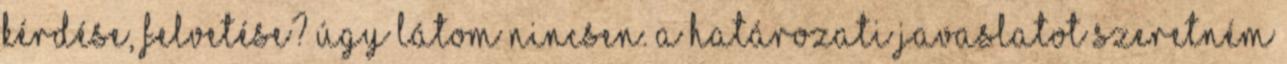
kérdése, felvetése? Úgy látom nincsen. A határozati javaslatot szeretném